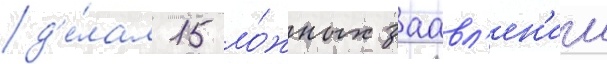
д'е́лал 15 ло́жных заавл'ен'ии